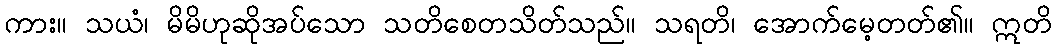
ကား။ သယံ၊ မိမိဟုဆိုအပ်သော သတိစေတသိတ်သည်။ သရတိ၊ အောက်မေ့တတ်၏။ ဣတိ